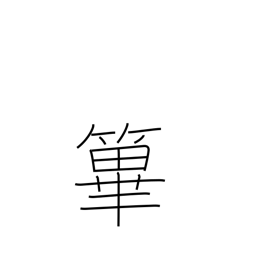
Meaning: fence